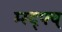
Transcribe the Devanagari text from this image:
म्स्द्फ्व्